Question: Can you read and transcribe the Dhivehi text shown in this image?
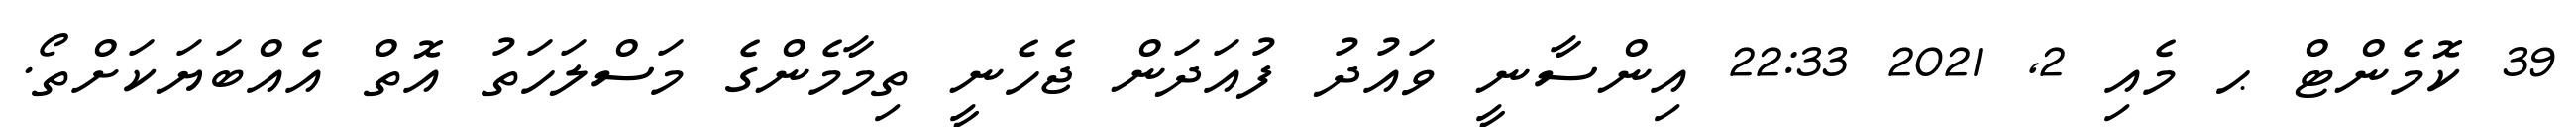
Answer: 39 ކޮމެންޓް ޙ މެއި 2, 2021 22:33 އިންސާނީ ވައުދު ފުއަދަން ޖެހެނީ ތިމާމެންގެ މަސްލަހަތު އޮތް އެއްބަޔަކަށްތޯ.